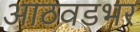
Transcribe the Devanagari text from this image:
आठवडभर